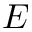
E